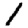
Digit: 1